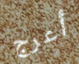
أعرج